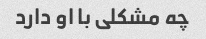
چه مشکلی با او دارد